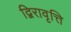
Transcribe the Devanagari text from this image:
द्विरावृत्ति